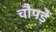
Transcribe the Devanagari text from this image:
चौपड़ें